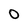
Character: O